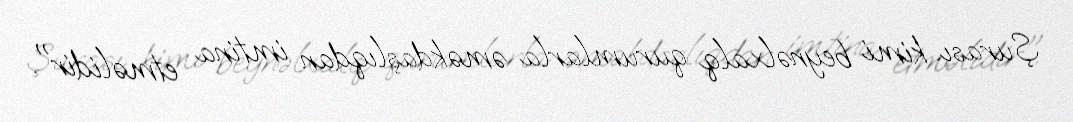
Şurası kimi beynəlxalq qurumlarla əməkdaşlıqdan imtina etməlidir".